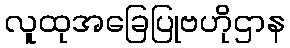
လူထုအခြေပြုဗဟိုဌာန